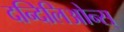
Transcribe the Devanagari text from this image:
दन्दिलिओन्स्